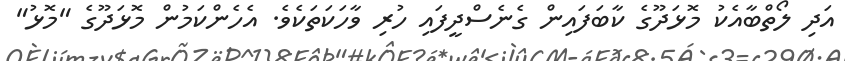
އަދި ލޯތްބާއެކު މޮޅަދޫގެ ކާބަފައިން ގެނެސްދީފައި ހުރި ވާހަކަތަކެވެ. އެހެންކަމުން މޮޅަދޫގެ "މޮޅު"